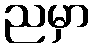
ညမှာ